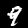
Label: 9